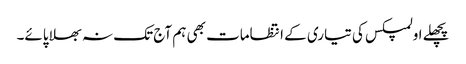
پچھلے اولمپکس کی تیاری کے انتظامات بھی ہم آج تک نہ بھلا پائے۔